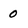
Character: 0